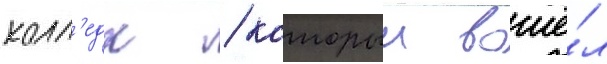
колл'едж / которыи вошё́л